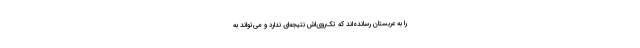
را به عربستان رسانده‌اند که تک‌روی‌اش نتیجه‌ای ندارد و می‌تواند به